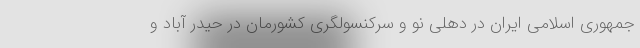
جمهوری اسلامی ایران در دهلی نو و سرکنسولگری کشورمان در حیدر آباد و